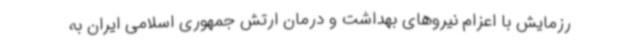
رزمایش با اعزام نیروهای بهداشت و درمان ارتش جمهوری اسلامی ایران به